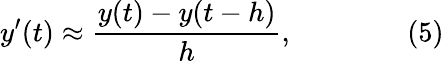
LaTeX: y^{\prime}(t)\approx{\frac{y(t)-y(t-h)}{h}},\qquad\qquad(5)